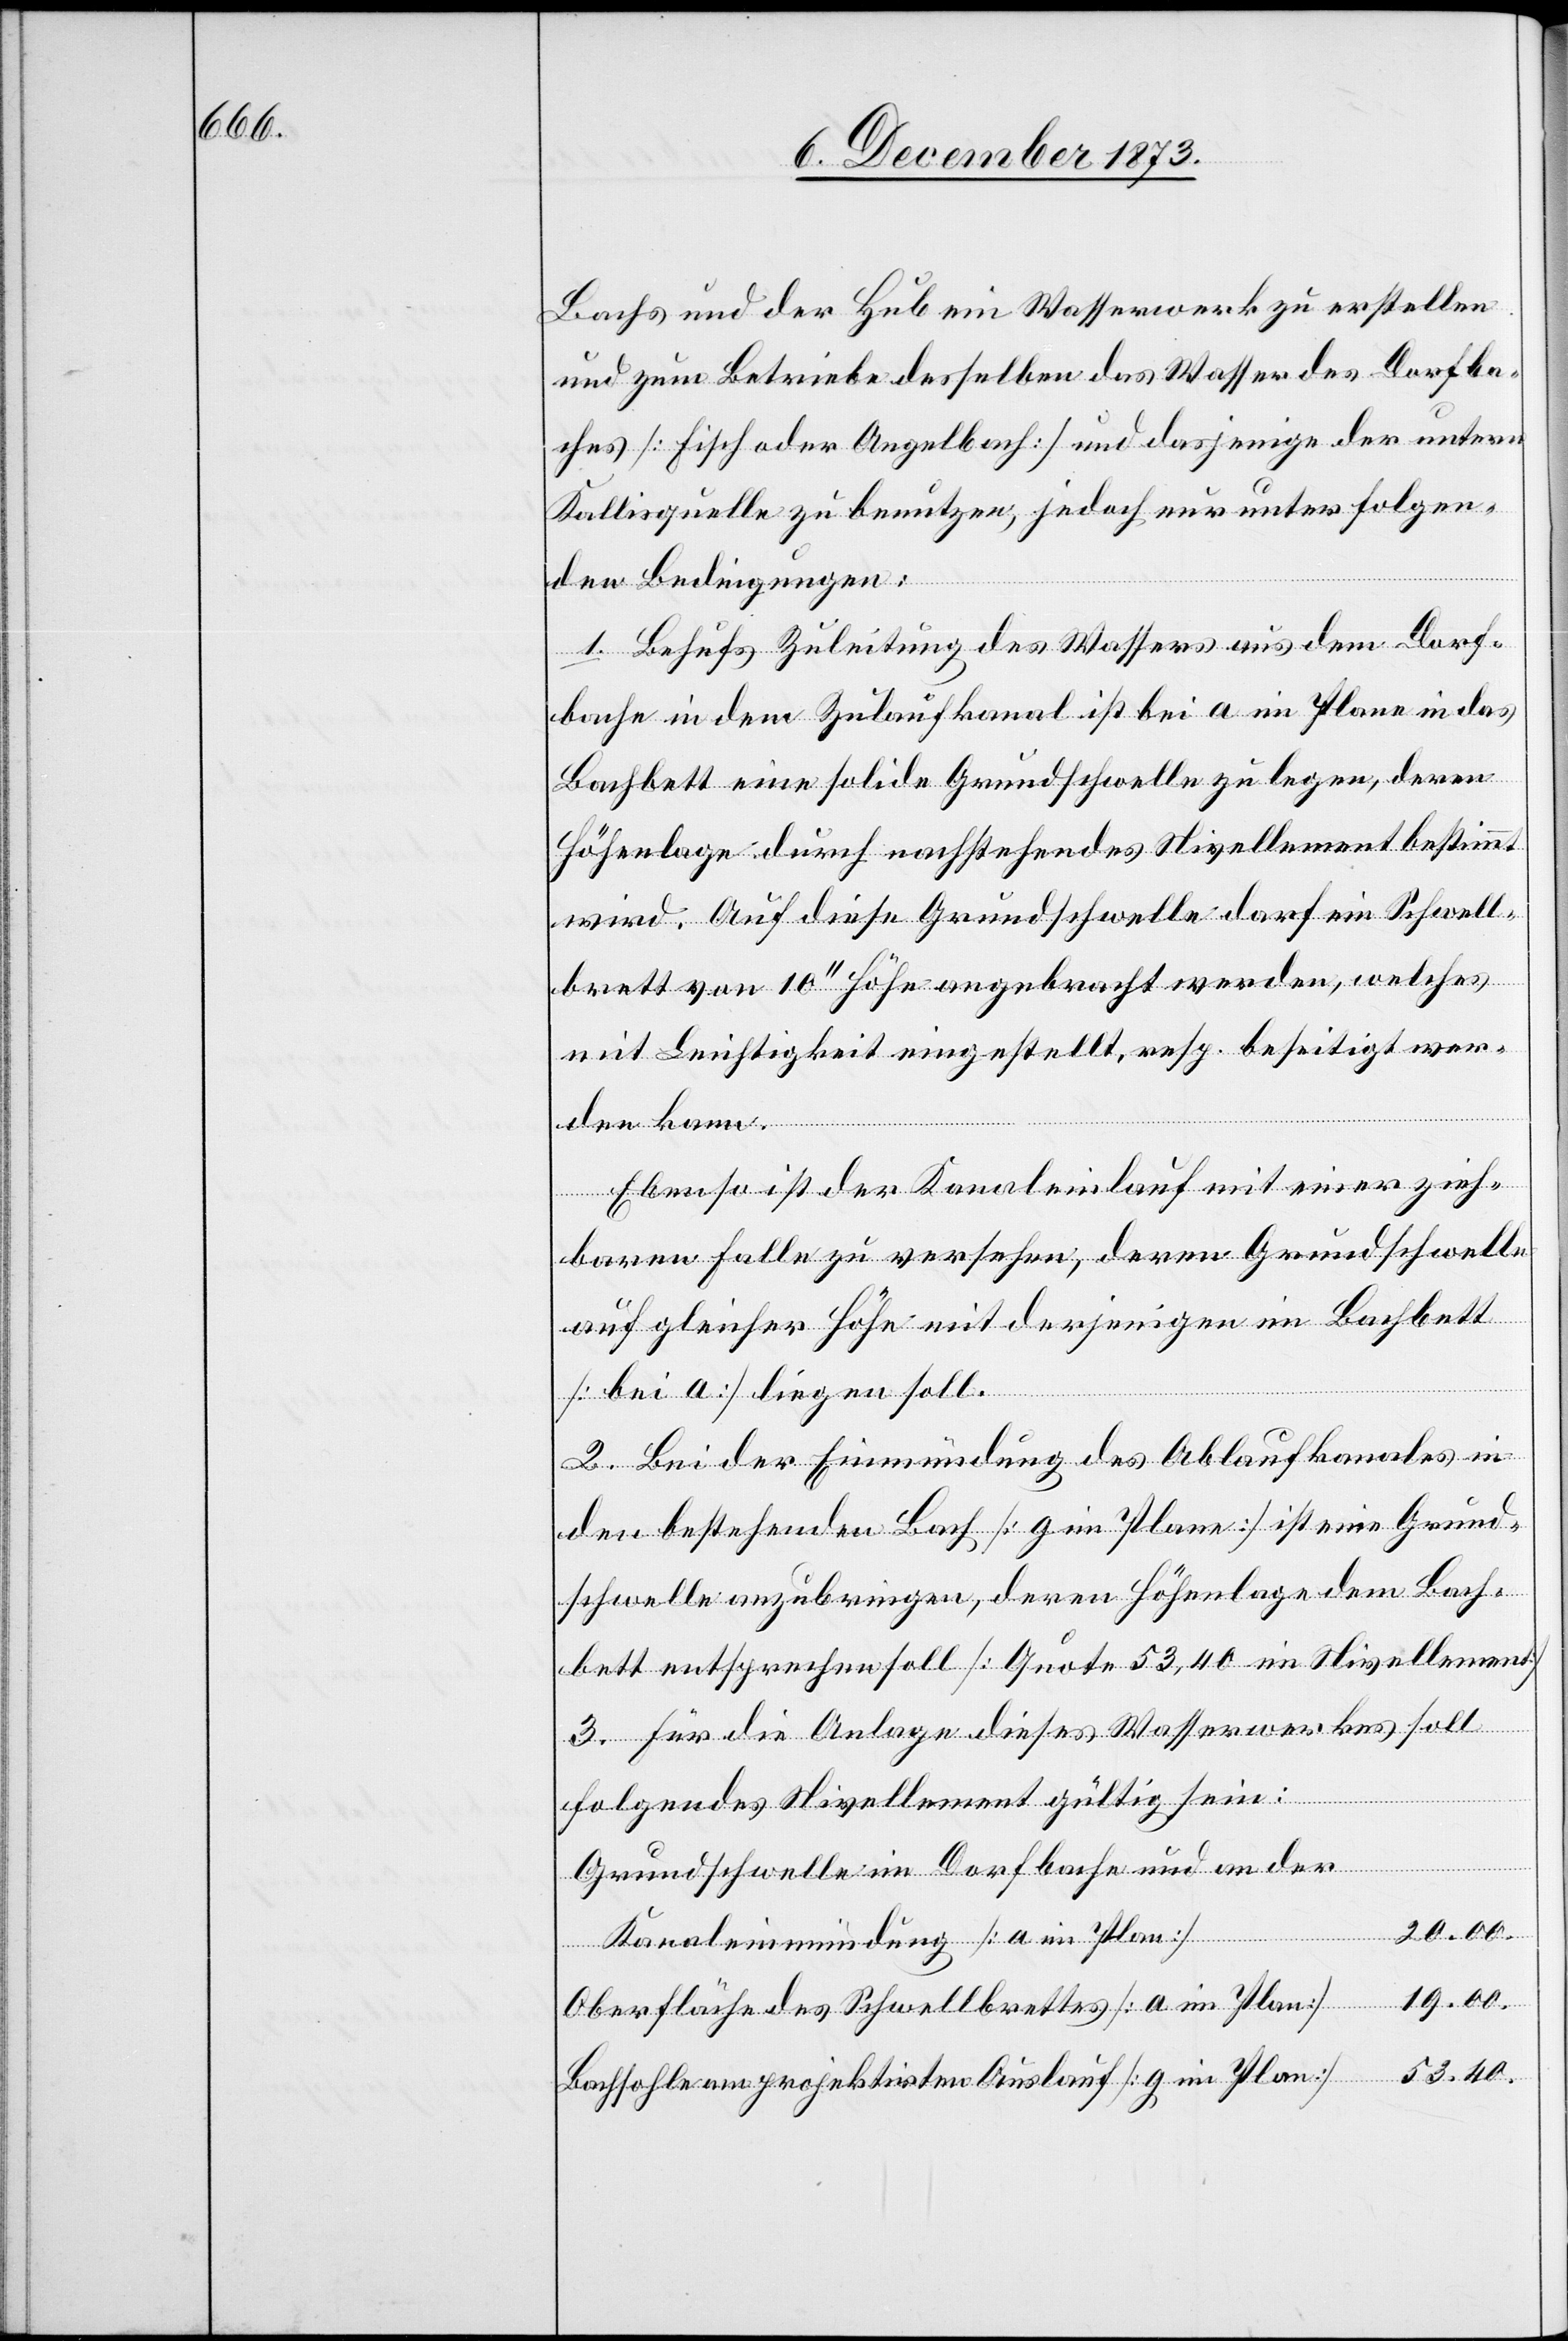
Bachs und der Hub ein Wasserwerk zu erstellen
und zum Betriebe desselben das Wasser des Dorfba¬
ches [Fisch oder Angelbach] und dasjenige der untern
Kallisquelle zu benutzen, jedoch nur unter folgen¬
den Bedingungen:
1. Behufs Zuleitung des Wassers aus dem Dorf¬
bache in dem Zulaufkanal ist bei a im Plane in das
Bachbett eine solide Grundschwelle zu legen, deren
Höhenlage durch nachstehendes Nivellement bestimmt
wird. Auf diese Grundschwelle darf ein Schwell¬
brett von 10‘‘ Höhe angebracht werden, welches
mit Leichtigkeit eingestellt, resp. beseitigt wer¬
den kann.
Ebenso ist der Kanaleinlauf mit einer zieh¬
baren Falle zu versehen, deren Grundschwelle
auf gleicher Höhe mit derjenigen im Bachbett
[bei a] liegen soll.
2. Bei der Einmündung des Ablaufkanales in
den bestehenden Bach [g im Plane] ist eine Grund¬
schwelle anzubringen, deren Höhenlage dem Bach¬
bett entsprechen soll [Quote 53,40 im Nivellement]
3. Für die Anlage dieses Wasserwerkes soll
folgendes Nivellement gültig sein:
Grundschwelle im Dorfbache und an der
53.40.
Kanaleinmündung [a im Plan]
19.00.
Oberfläche des Schwellbrettes [a im Plan]
Bachsohle am projektirten Auslauf [g im Plan]